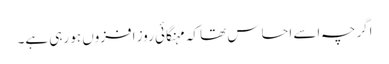
اگرچہ اسے احساس تھا کہ مہنگائی روز افزوں ہو رہی ہے۔